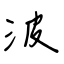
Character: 波